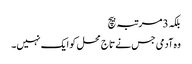
بلکہ 3مرتبہ بیچ
وہ آدمی جس نے تاج محل کو ایک نہیں۔